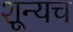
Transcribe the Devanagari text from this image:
शून्यच